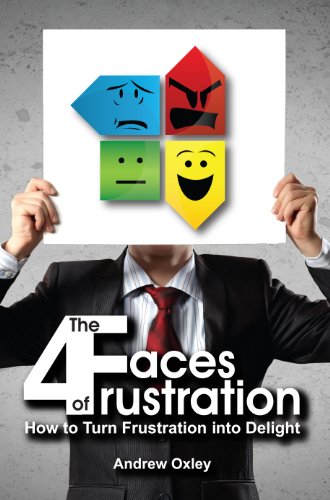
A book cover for The 4 Faces of Frustration: How to Turn Frustration into Delight; Andrew Oxley; Business & Money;